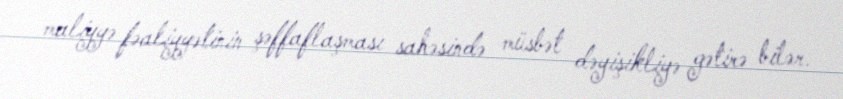
maliyyə fəaliyyətinin şəffaflaşması sahəsində müsbət dəyişikliyə gətirə bilər.